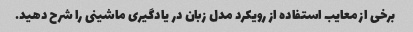
برخی از معایب استفاده از رویکرد مدل زبان در یادگیری ماشینی را شرح دهید.